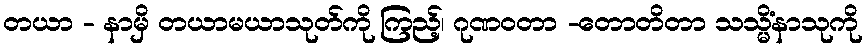
တယာ - နာမှိ တယာမယာသုတ်ကို ကြည့်၊ ဂုဏဝတာ -တောတိတာ သသ္မိံနာသုကို